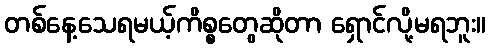
တစ်နေ့သေရမယ့်ကိစ္စတွေဆိုတာ ရှောင်လို့မရဘူး။